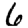
Digit: 6